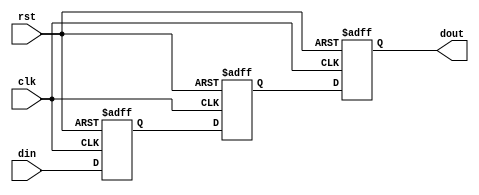
module reg3
#(
	parameter integer BITS = 1
)
(
	input wire clk,
	input wire rst,
	input wire [BITS:0] din,
	output wire [BITS:0] dout
);
	reg [BITS:0] reg1;
	reg [BITS:0] reg2;
	reg [BITS:0] reg3;

	
	assign dout = reg3;
	
	always @ (posedge clk or negedge rst)
	begin
		if(rst == 0)
		begin
			reg1 <= 0;
			reg2 <= 0;
			reg3 <= 0;

		end
		else
		begin
			reg1 <= din;
			reg2 <= reg1;
			reg3 <= reg2;
		end
	end

endmodule